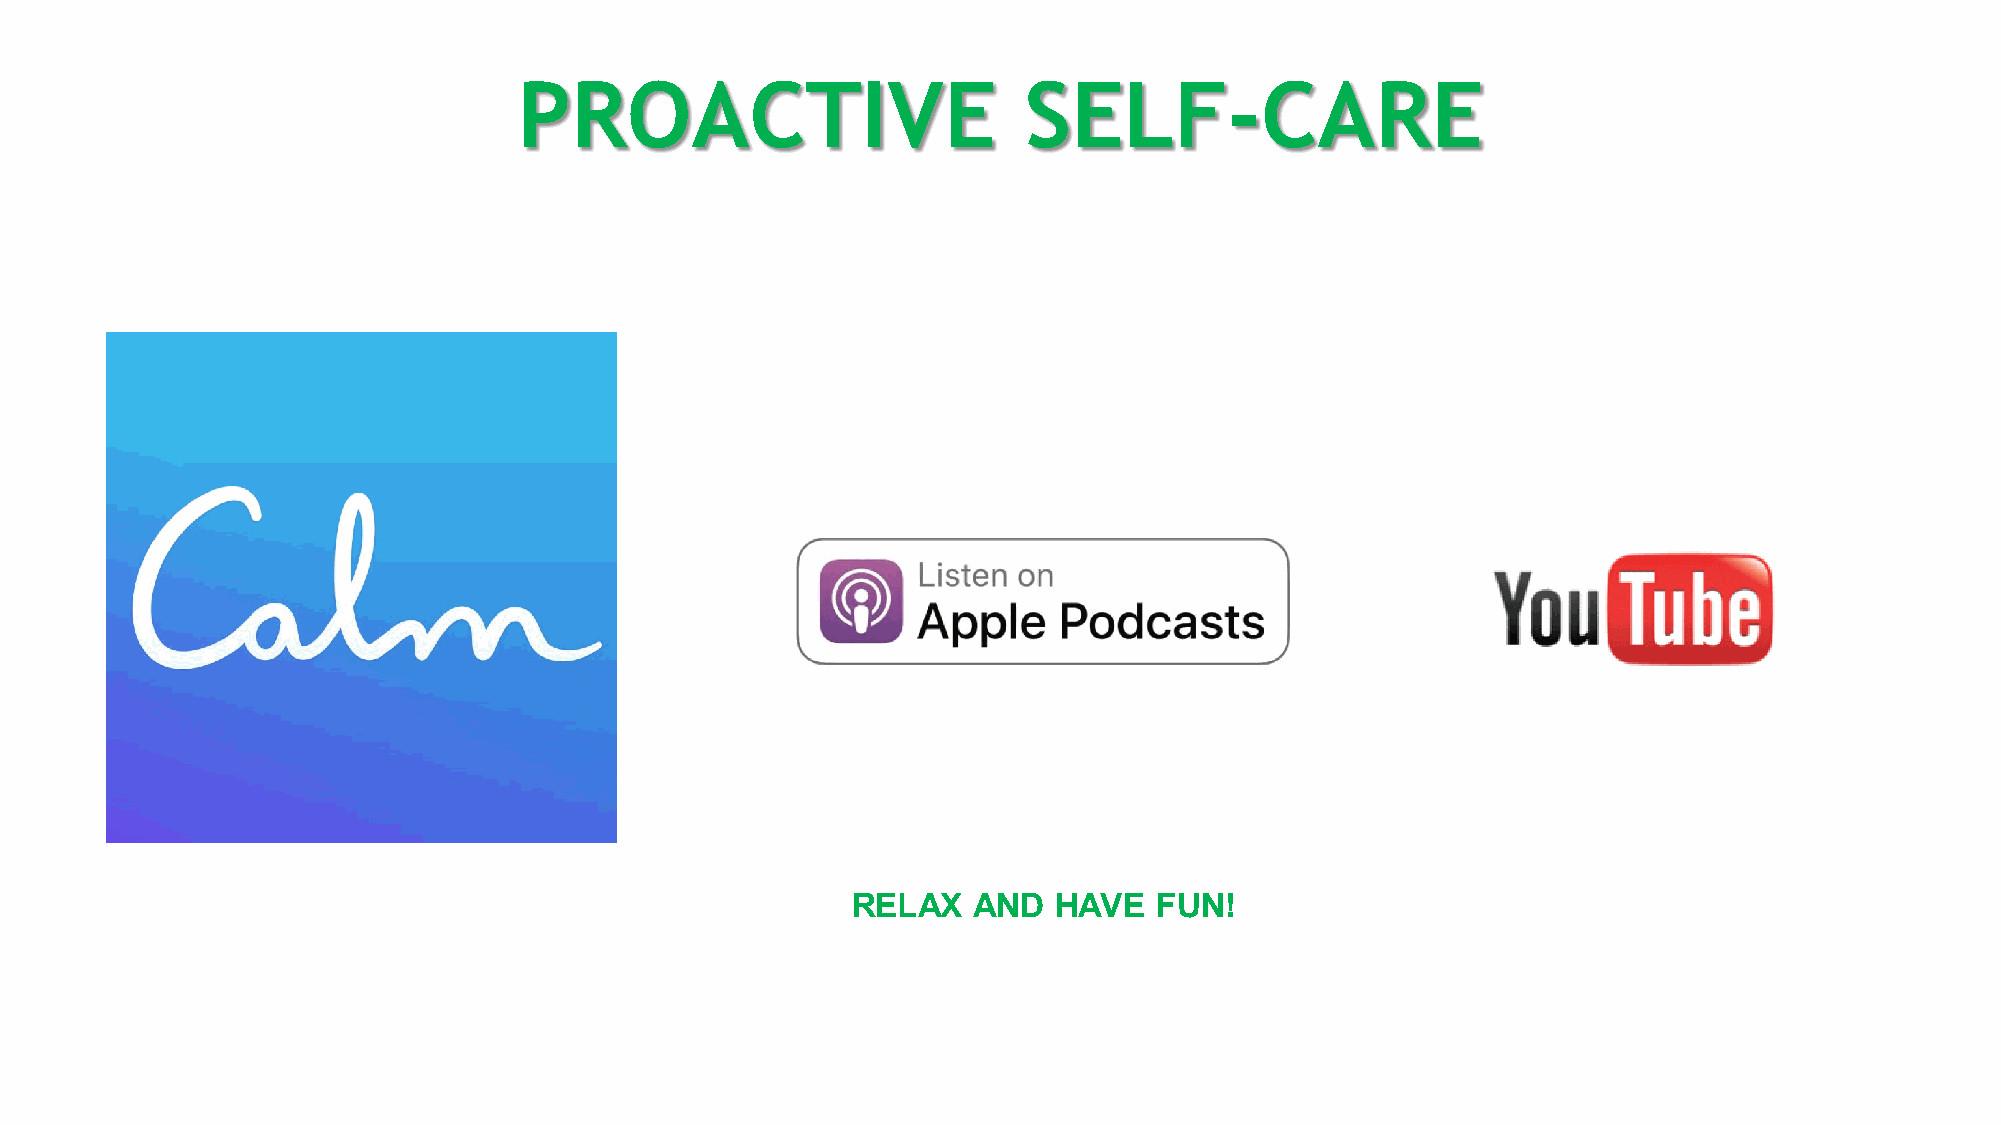
PROACTIVE                         SELF-CARE
 RELAX   AND   HAVE   FUN!